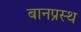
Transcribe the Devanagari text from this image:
बानप्रस्‍थ